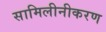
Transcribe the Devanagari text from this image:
सामिलीनीकरण